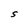
Character: S